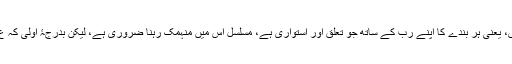
آپ چاہیں تو اس کا دوسرا نام تعلق باللہ رکھ دیں، یعنی ہر بندے کا اپنے رب کے ساتھ جو تعلق اور استواری ہے، مسلسل اس میں منہمک رہنا ضروری ہے، لیکن بدرجۂ اولیٰ کہ ع جن کے رتبے ہیں سوا، ان کی سوا مشکل ہے۔